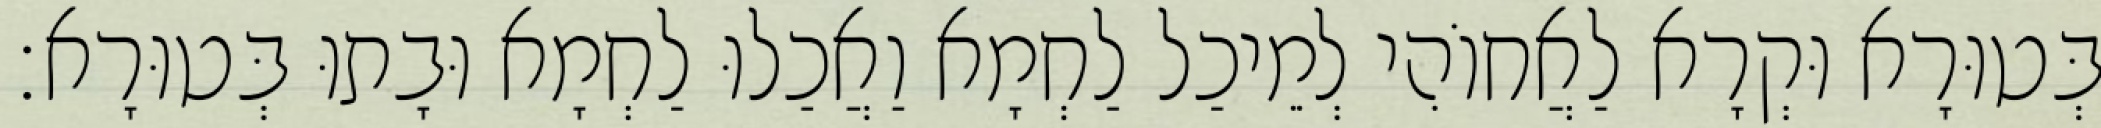
בְּטוּרָא וּקְרָא לַאֲחוֹהִי לְמֵיכַל לַחְמָא וַאֲכַלוּ לַחְמָא וּבָתוּ בְּטוּרָא׃